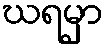
ဃရမှာ